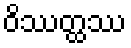
ဝိဿတ္ထဿ